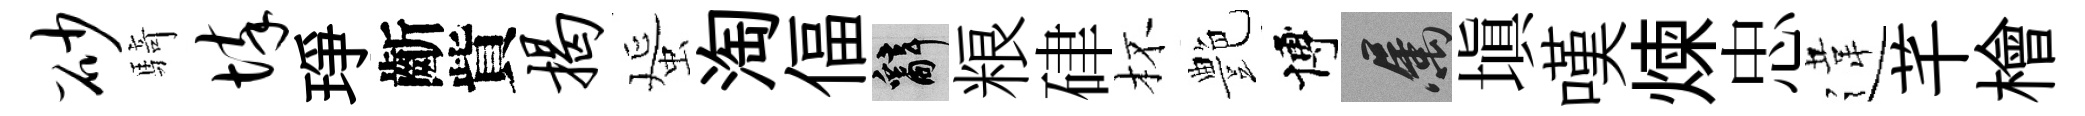
砂騎悴琤齗貲揭蜑淘偪辭粮硉杯艶博屬填嘆煉忠違芊檜